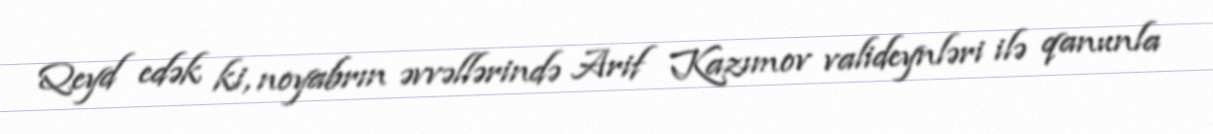
Qeyd edək ki, noyabrın əvvəllərində Arif Kazımov valideynləri ilə qanunla